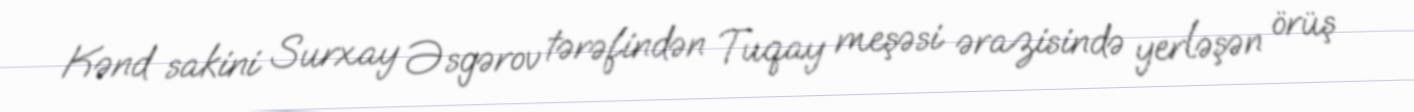
Kənd sakini Surxay Əsgərov tərəfindən Tuqay meşəsi ərazisində yerləşən örüş